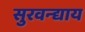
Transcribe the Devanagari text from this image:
सुरवन्द्याय